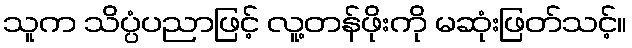
သူက သိပ္ပံပညာဖြင့် လူ့တန်ဖိုးကို မဆုံးဖြတ်သင့်။